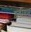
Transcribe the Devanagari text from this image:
इंडीयम